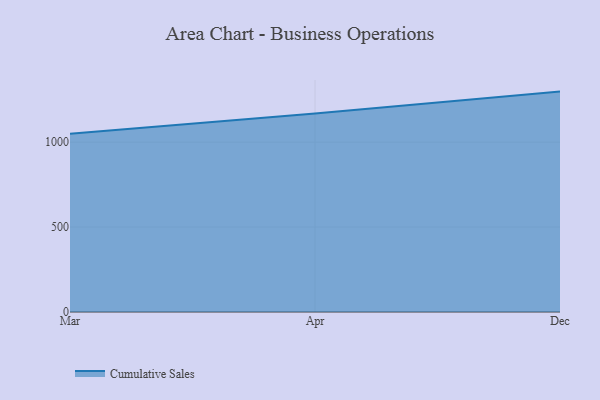
{"axis": {"x": "Month", "y": "Tickets Resolved"}, "legend": ["Cumulative Sales"], "data": [{"x": "Mar", "y": 1049.5, "type": "Cumulative Sales"}, {"x": "Apr", "y": 1168.9, "type": "Cumulative Sales"}, {"x": "Dec", "y": 1297.5, "type": "Cumulative Sales"}]}